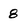
Character: 8